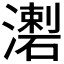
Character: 𤀦